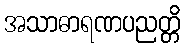
အသာဓာရဏပညတ္တိ